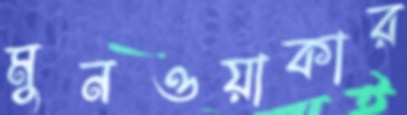
মুনওয়াকার